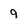
Character: 9